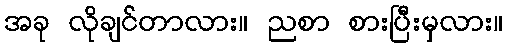
အခု လိုချင်တာလား။ ညစာ စားပြီးမှလား။